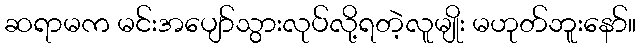
ဆရာမက မင်းအပျော်သွားလုပ်လို့ရတဲ့လူမျိုး မဟုတ်ဘူးနော်။